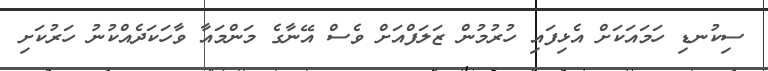
ސިކުނޑި ހަމައަކަށް އެޅިފައި ހުރުމުން ޒަލަފްއަށް ވެސް އޭނާގެ މަންމައާ ވާހަކަދެއްކުނު ހަރުކަށި